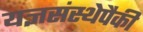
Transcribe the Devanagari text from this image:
यज्ञसंस्थेपैकी